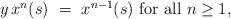
LaTeX: \begin{align*}\begin{minipage}[c]{35pc}$y\,x^n(s)\ =\ x^{n-1}(s)$ for all $n \geq 1,$\end{minipage}\end{align*}